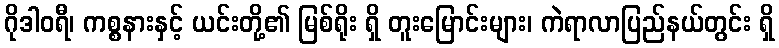
ဂိုဒါဝရီ၊ ကစ္စနားနှင့် ယင်းတို့၏ မြစ်ရိုး ရှိ တူးမြောင်းများ၊ ကဲရာလာပြည်နယ်တွင်း ရှိ